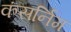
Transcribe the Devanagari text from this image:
कंसर्निग